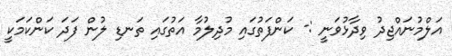
އަލްމުނައްޖިދު ވިދާޅުވަނީ :- ކަންފަތުގައި މުދިލުމާ އަތުގައި ތަނޑި ލުން ފަދަ ކަންކަމަކީ